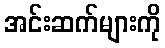
အင်းဆက်များကို